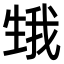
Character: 𤯫